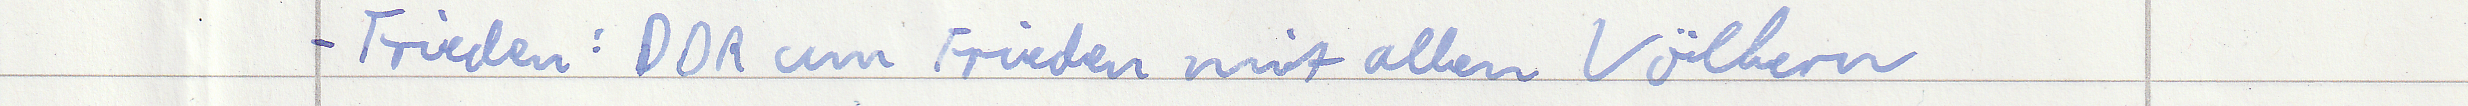
- Frieden: DDR um Frieden mit allen Völkern